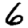
Digit: 6